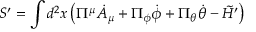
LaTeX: S ^ { \prime } = \int d ^ { 2 } x \left( \Pi ^ { \mu } { \dot { A } } _ { \mu } + \Pi _ { \phi } { \dot { \phi } } + \Pi _ { \theta } { \dot { \theta } } - \tilde { \cal H ^ { \prime } } \right)